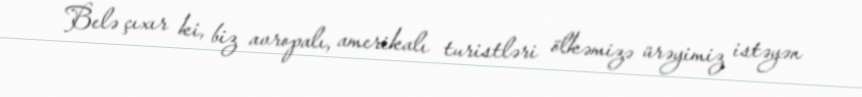
Belə çıxır ki, biz avropalı, amerikalı turistləri ölkəmizə ürəyimiz istəyən